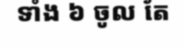
ទាំង ៦ ចូល តែ